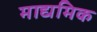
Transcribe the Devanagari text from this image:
माद्यमिक